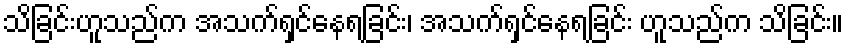
သိခြင်းဟူသည်က အသက်ရှင်နေရခြင်း၊ အသက်ရှင်နေရခြင်း ဟူသည်က သိခြင်း။